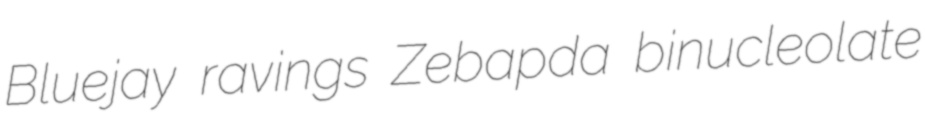
Bluejay ravings Zebapda binucleolate